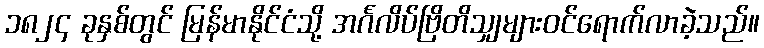
၁၈၂၄ ခုနှစ်တွင် မြန်မာနိုင်ငံသို့ အင်္ဂလိပ်ဗြိတိသျှများဝင်ရောက်လာခဲ့သည်။